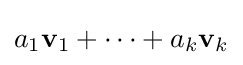
a_{1}\mathbf {v} _{1}+\cdots +a_{k}\mathbf {v} _{k}